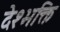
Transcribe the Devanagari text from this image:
देश्भक्ति